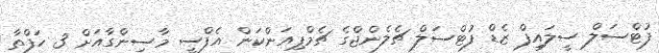
ފުޓްސަލް ސީލައިފް ޒެޑް ފުޓްސަލް ޗެލެންޖްގެ ޗެމްޕިއަންކަން އެފްސީ މާސިންގާއަށް 3 ހަފްތާ